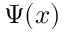
\Psi ( x )